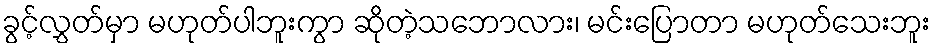
ခွင့်လွှတ်မှာ မဟုတ်ပါဘူးကွာ ဆိုတဲ့သဘောလား၊ မင်းပြောတာ မဟုတ်သေးဘူး